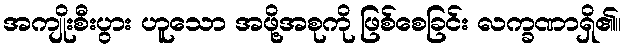
အကျိုးစီးပွား ဟူသော အဖို့အစုကို ဖြစ်စေခြင်း လက္ခဏာရှိ၏။